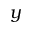
y